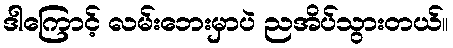
ဒါကြောင့် လမ်းဘေးမှာပဲ ညအိပ်သွားတယ်။